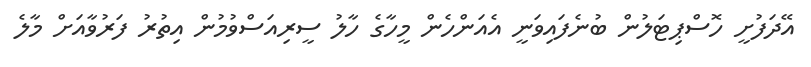
އޭދަފުށީ ހޮސްޕިޓަލުން ބުނެފައިވަނީ އެއަންހެން މީހާގެ ހާލު ސީރިއަސްވުމުން އިތުރު ފަރުވާއަށް މާލެ